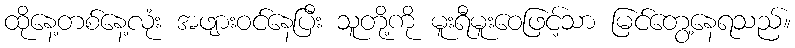
ထိုနေ့တစ်နေ့လုံး အဖျားဝင်နေပြီး သူတို့ကို မူးရီမူးဝေဖြင့်သာ မြင်တွေ့နေရသည်။